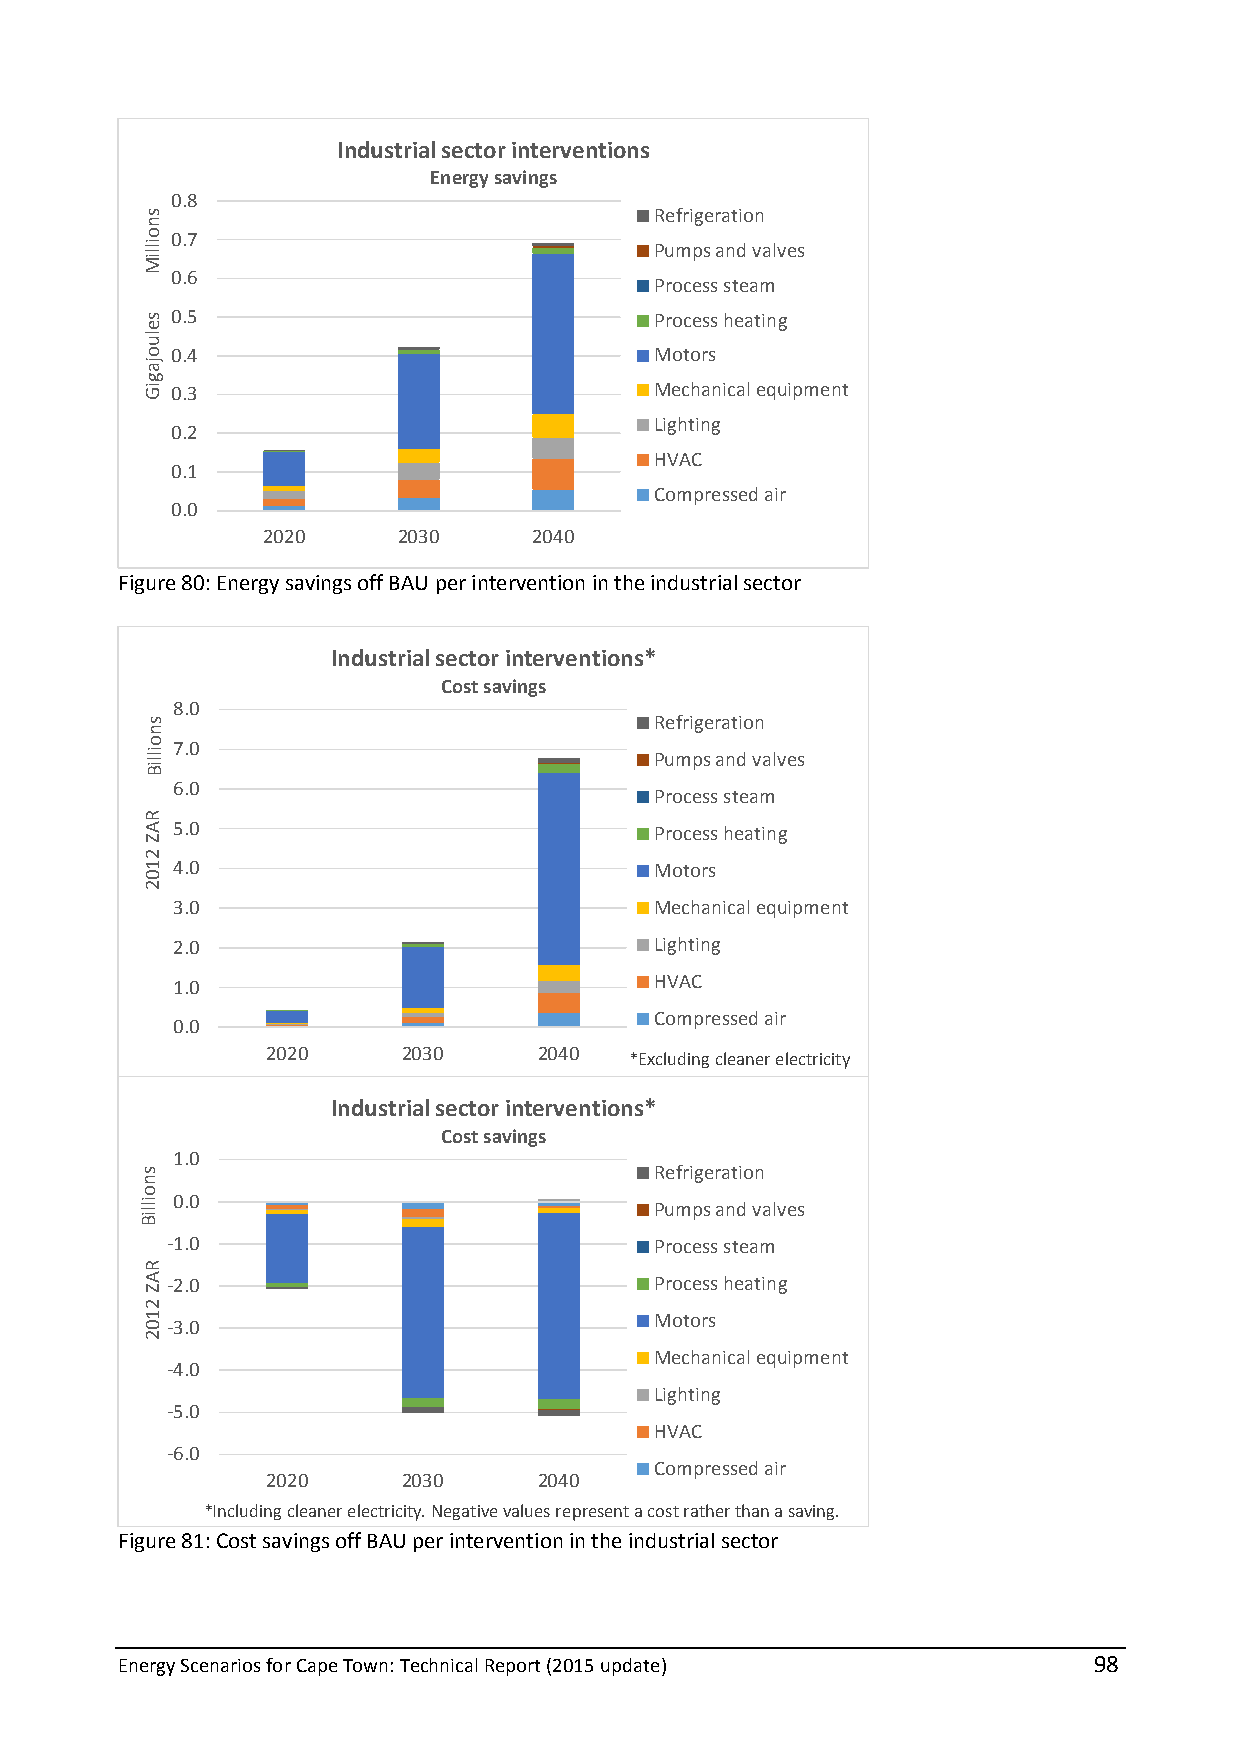
Industrial sector interventions
 Energy savings
 0.8
 Refrigeration
 0.7
 Pumps and valves
 0.6
 Process steam
 0.5                             Process heating
 0.4                             Motors
 0.3                             Mechanical equipment
 Lighting
 0.2
 HVAC
 0.1
 Compressed air
 0.0
 2020     2030     2040
 Figure 80: Energy savings off BAU per intervention in the industrial sector
 Industrial sector interventions*
 Cost savings
 8.0
 Refrigeration
 7.0
 Pumps and valves
 6.0
 Process steam
 5.0                             Process heating
 4.0                             Motors
 3.0                             Mechanical equipment
 2.0                             Lighting
 1.0                             HVAC
 Compressed air
 0.0
 2020     2030     2040
 *Excluding cleaner electricity
 Industrial sector interventions*
 Cost savings
 1.0
 Refrigeration
 0.0
 Pumps and valves
 -1.0                            Process steam
 -2.0                            Process heating
 Motors
 -3.0
 Mechanical equipment
 -4.0
 Lighting
 -5.0
 HVAC
 -6.0
 Compressed air
 2020     2030     2040
 *Including cleaner electricity. Negative values represent a cost rather than a saving.
 Figure 81: Cost savings off BAU per intervention in the industrial sector
 Energy Scenarios for Cape Town: Technical Report (2015 update)  98
 snoilliM
 seluojagiG
 snoilliB
 RAZ
 2102
 snoilliB
 RAZ
 2102